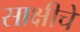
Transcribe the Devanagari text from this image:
साक्षीचे